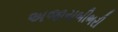
અજાયબીભરી